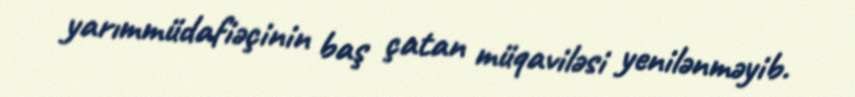
yarımmüdafiəçinin baş çatan müqaviləsi yenilənməyib.